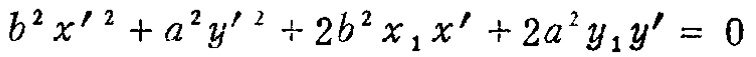
\(b^{2}x'^{2}+a^{2}y'^{2}+2b^{2}x_{1}x'+2a^{2}y_{1}y' = 0\)